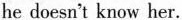
he donesn't kinw het.